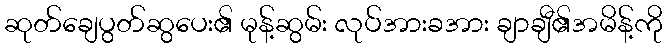
ဆုတ်ချေပွတ်ဆွပေး၏ မုန့်ဆွမ်း လုပ်အားခအား ချာချီ၏အမိန့်ကို